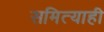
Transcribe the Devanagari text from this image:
समित्याही